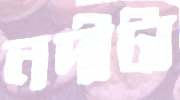
নদীটা